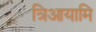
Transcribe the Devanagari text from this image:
त्रिआयामि